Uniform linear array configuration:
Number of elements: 16
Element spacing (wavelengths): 1
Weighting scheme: cosine
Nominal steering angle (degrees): -45
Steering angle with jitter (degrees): -45.86
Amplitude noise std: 0.05
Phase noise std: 0.05

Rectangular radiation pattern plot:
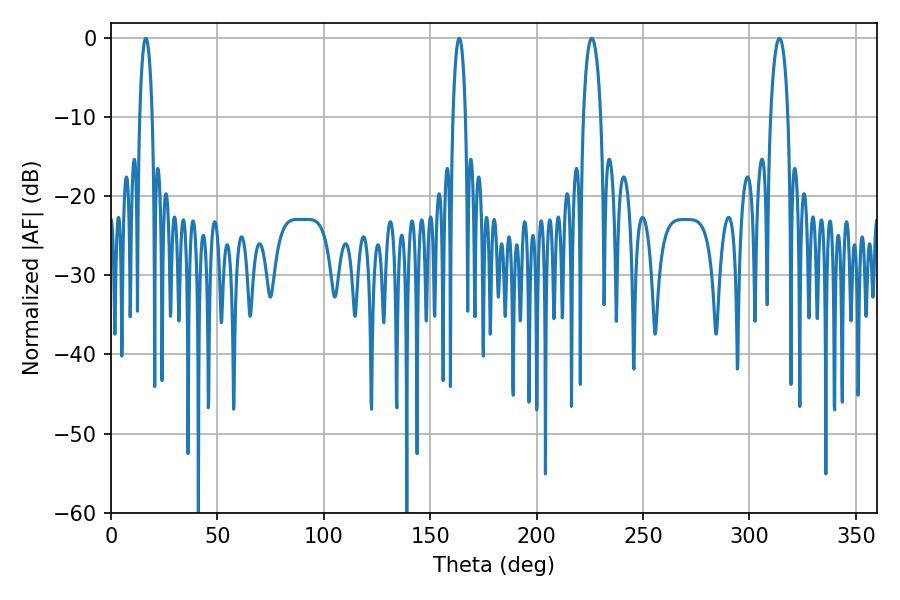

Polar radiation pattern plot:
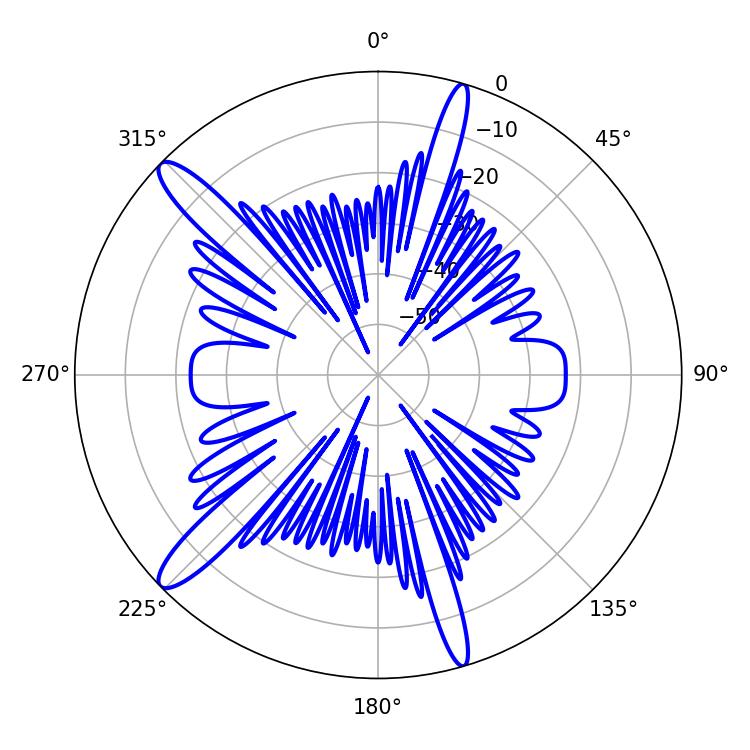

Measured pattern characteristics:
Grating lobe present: TRUE
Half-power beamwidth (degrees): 4.68
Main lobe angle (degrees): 225.9